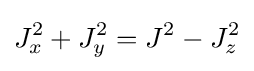
J_{x}^{2}+J_{y}^{2}=J^{2}-J_{z}^{2}